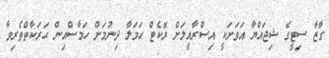
ގާޒާ ސިޓީގެ ޝިޖައްޔާ އަވަށަކީ އިސްރާއީލަށް ރޮކެޓް ހަމަލާ ދިނުމަށް ހަމާސްއިން ޙަރަކާތްތެރިވާ